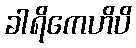
ခါရိကေဟိပိ